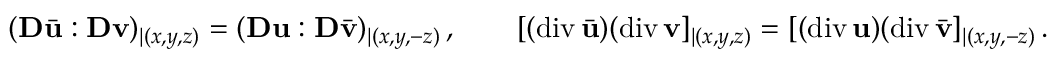
( { \bf D } \bar { \bf u } : { \bf D } { \bf v } ) _ { | ( x , y , z ) } = ( { \bf D } { \bf u } : { \bf D } \bar { \bf v } ) _ { | ( x , y , - z ) } \, , \qquad [ ( \mathrm { d i v } \, \bar { \bf u } ) ( \mathrm { d i v } \, { \bf v } ] _ { | ( x , y , z ) } = [ ( \mathrm { d i v } \, { \bf u } ) ( \mathrm { d i v } \, \bar { \bf v } ] _ { | ( x , y , - z ) } \, .